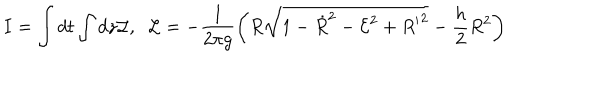
I = \int d t \int d z { \cal L } , \; \; { \cal L } = - \frac { 1 } { 2 \pi g } \bigg ( R \sqrt { 1 - { \dot { R } } ^ { 2 } - { \cal E } ^ { 2 } + { R ^ { \prime } } ^ { 2 } } - \frac { h } { 2 } R ^ { 2 } \bigg )